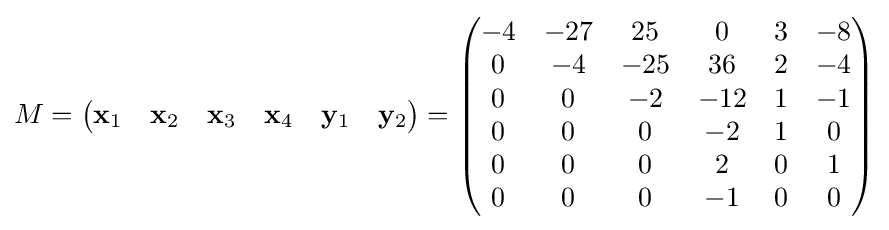
M={\begin{pmatrix}\mathbf {x} _{1}&\mathbf {x} _{2}&\mathbf {x} _{3}&\mathbf {x} _{4}&\mathbf {y} _{1}&\mathbf {y} _{2}\end{pmatrix}}={\begin{pmatrix}-4&-27&25&0&3&-8\\0&-4&-25&36&2&-4\\0&0&-2&-12&1&-1\\0&0&0&-2&1&0\\0&0&0&2&0&1\\0&0&0&-1&0&0\end{pmatrix}}